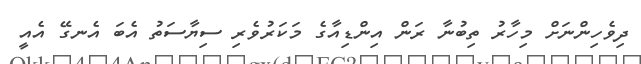
ދިވެހިންނަށް މިހާރު ތިބުނާ ރަން އިންޑިއާގެ މަަކަރުވެރި ސިޔާސަތު އެބަ އެނގޭ އެއީ